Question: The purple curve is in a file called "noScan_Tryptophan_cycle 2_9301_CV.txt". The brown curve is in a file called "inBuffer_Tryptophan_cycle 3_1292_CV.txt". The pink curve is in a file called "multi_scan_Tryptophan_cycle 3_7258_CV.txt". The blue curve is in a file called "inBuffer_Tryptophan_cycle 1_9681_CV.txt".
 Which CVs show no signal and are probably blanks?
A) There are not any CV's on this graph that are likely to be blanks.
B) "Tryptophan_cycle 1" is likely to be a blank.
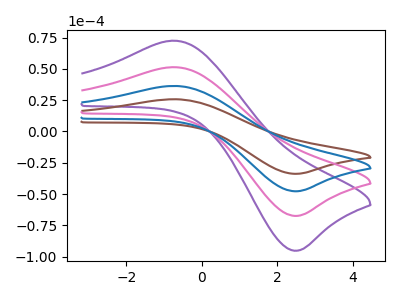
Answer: <think>The purple curve "Tryptophan_cycle 2" has an anodic peak at (-0.70V, 109.10uA) and a cathodic peak at (2.45V, -143.35uA). The brown curve "Tryptophan_cycle 3" has an anodic peak at (-0.70V, 25.75uA) and a cathodic peak at (2.45V, -33.85uA). The pink curve "Tryptophan_cycle 3" has an anodic peak at (-0.70V, 72.75uA) and a cathodic peak at (2.45V, -95.55uA). The blue curve "Tryptophan_cycle 1" has an anodic peak at (-0.70V, 36.35uA) and a cathodic peak at (2.45V, -47.80uA).</think>
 <answer>A) There are not any CV's on this graph that are likely to be blanks.</answer>
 <eval>A</eval>